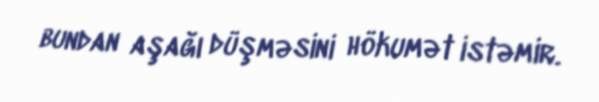
bundan aşağı düşməsini hökumət istəmir.